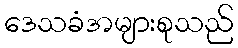
ဒေသခံအများစုသည်